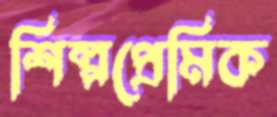
শিল্পপ্রেমিক